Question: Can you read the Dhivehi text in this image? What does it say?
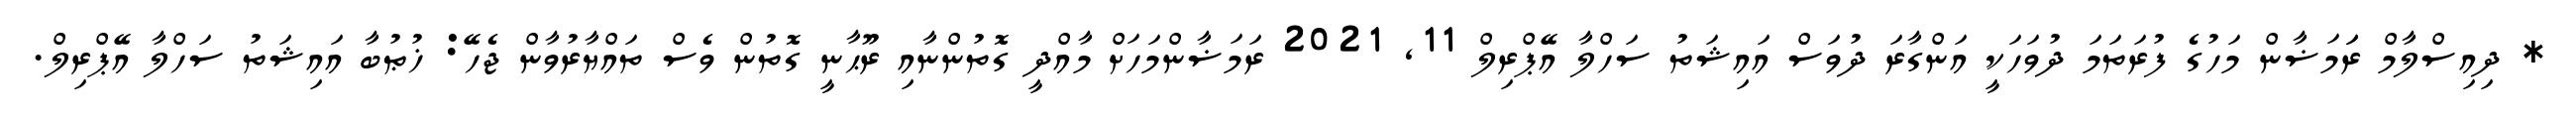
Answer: * ދިއިސްލާމް ރަަމަޟާން މަހުގެ ފުރަތަމަ ދުވަހަކީ އަންގާރަ ދުވަސް އައިޝަތު ސަހްލާ އޭޕްރިލް 11, 2021 ރަމަޟާންމަހަށް މާއްދީ ގޮތުންނާއި ރޫޙާނީ ގޮތުން ވެސް ތައްޔާރުވާން ޖެހޭ: ޚުޠުބާ އައިޝަތު ސަހްލާ އޭޕްރިލް.